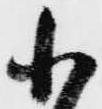
小